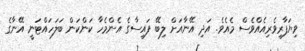
ވިޔަފާރިވެރިއެއްވެސް މެއެވެ. އަދި އޭނާއަށް ލިބޭ ފައިސާގެ އެންމެހާ ކަންކަން ބަލަހައްޓަނީ އޭނާގެ